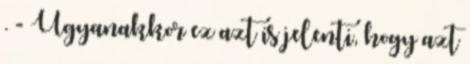
. - Ugyanakkor ez azt is jelenti, hogy azt